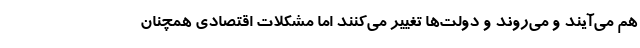
هم می‌آیند و می‌روند و دولت‌ها تغییر می‌کنند اما مشکلات اقتصادی همچنان